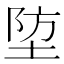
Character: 埅